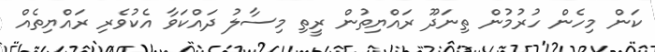
ކަން މިހެން ހުރުމުން ތިނަދޫ ރައްޔިތުން ރީތި މިސާލު ދައްކަވާ އެކުވެރި ރައްޔިތެއް